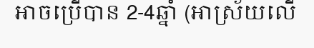
អាចប្រើបាន 2-4ឆ្នាំ (អាស្រ័យលើ